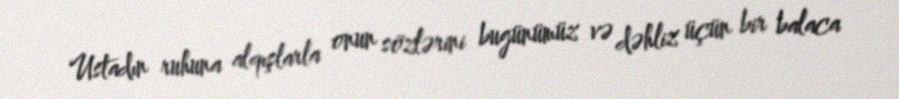
Ustadın ruhuna alqışlarla onun sözlərini bugünümüz və dəhliz üçün bir balaca